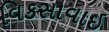
વિકસાવાઇ